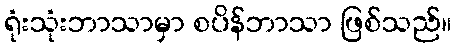
ရုံးသုံးဘာသာမှာ စပိန်ဘာသာ ဖြစ်သည်။